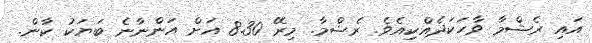
އައި ރެޝްމާ ވާހަކަދެއްކިއެވެ. ރެޝްމާ. މިރޭ 8.30 އަށް އަންނާނެ ބަޔަކު ކާން.